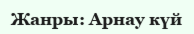
Жанры: Арнау күй